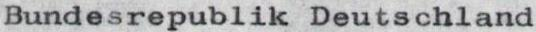
Bundesrepublik Deutschland